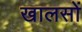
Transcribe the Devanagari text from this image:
खालसों